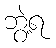
ဘွဲ့ရ